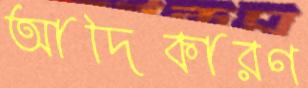
আদিকারণ